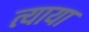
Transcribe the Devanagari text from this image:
त्याया